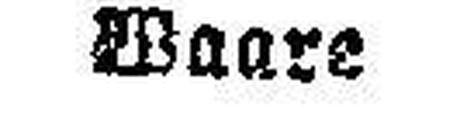
Waare